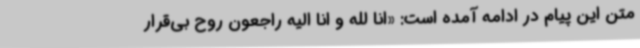
متن این پیام در ادامه آمده است: «انا لله و انا الیه راجعون روح بی‌قرار